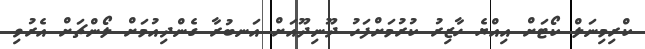
ކްރިމިނަލް ކޯޓަށް އިއްޔެ ހާޒިރު ކުރުމަށްފަހު ދޫނިދޫއަށް އަނބުރާ ގެންދިއުމަށް ލޯންޗަށް އެރުވި